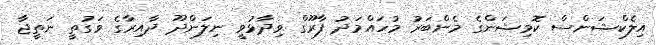
އިލެކްޝަންސް ކޮމިޝަންގެ މެންބަރު މުހައްމަދު ފާރޫގް ވިދާޅުވީ ނިލަންދޫ ދާއިރާގެ ވަގުތީ ނަތީޖާ